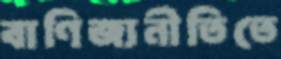
বাণিজ্যনীতিতে